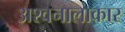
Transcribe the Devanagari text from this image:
अश्वनालाकार